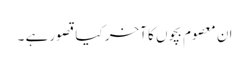
ان معصوم بچوں کا آخر کیا قصور ہے ۔